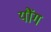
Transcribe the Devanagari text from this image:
यौंग